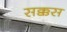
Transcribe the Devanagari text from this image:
सक्कस